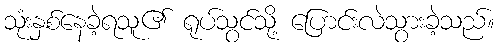
သုံးနှစ်နေခဲ့ရသူ၏ ရုပ်သွင်သို့ ပြောင်းလဲသွားခဲ့သည်။